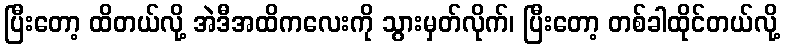
ပြီးတော့ ထိတယ်လို့ အဲဒီအထိကလေးကို သွားမှတ်လိုက်၊ ပြီးတော့ တစ်ခါထိုင်တယ်လို့